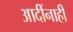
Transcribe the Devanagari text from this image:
आदींनाही